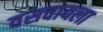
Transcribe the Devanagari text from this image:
वसवायला